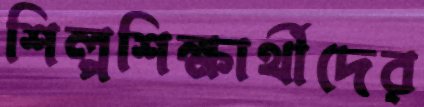
শিল্পশিক্ষার্থীদের